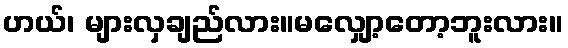
ဟယ်၊ များလှချည်လား။မလျှော့တော့ဘူးလား။